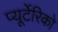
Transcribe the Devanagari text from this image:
प्यूर्टेरिको